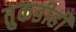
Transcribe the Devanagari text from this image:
तुकडीही